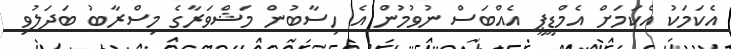
އެކަމަކު އެކަމަށް އެމްޑީޕީ އެއްބަސް ނުވުމުން އެ ހިސާބުން މަޝްވަރާގެ މިސްރާބު ބަދަލުވި